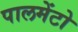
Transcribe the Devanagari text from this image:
पालमेंटो